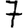
Digit: 7